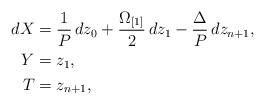
LaTeX: \begin{align*}\begin{aligned}dX&= \frac{1}{P}\,dz_0+\frac{\Omega_{[1]}}{2}\,dz_1-\frac{\Delta}{P}\,dz_{n+1},\\Y&=z_1,\\ T&=z_{n+1},\end{aligned}\end{align*}